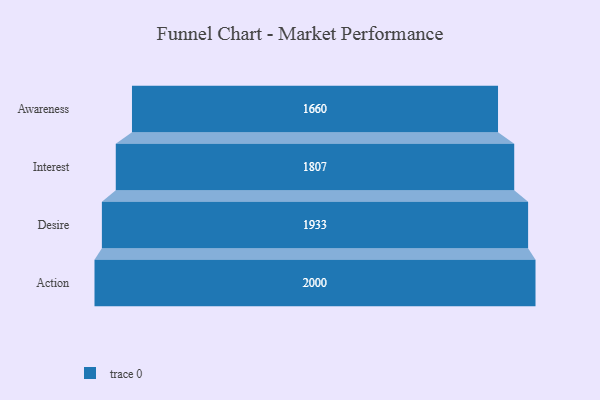
{"axis": {"x": "Stage", "y": "Value"}, "legend": [""], "data": [{"x": "Awareness", "y": 1660.0, "type": ""}, {"x": "Interest", "y": 1807.0, "type": ""}, {"x": "Desire", "y": 1933.0, "type": ""}, {"x": "Action", "y": 2000, "type": ""}]}